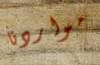
مواردنا